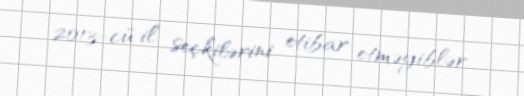
2013-cü il seçkilərini etibar etməyiblər.